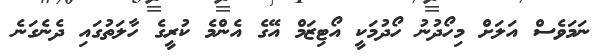
ނަމަވެސް އަލަށް މިހޯދުނު ހޯދުމަކީ އޯޓިޒަމް އޭގެ އެންމެ ކުރީގެ ހާލަތުގައި ދެނެގަނެ